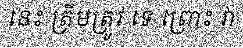
នេះ ត្រឹមត្រូវ ទេ ព្រោះ វា